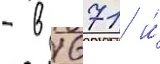
- в 1671 и́